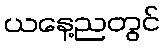
ယနေ့ညတွင်